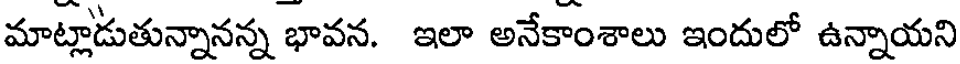
మాట్లాడుతున్నానన్న భావన. ఇలా అనేకాంశాలు ఇందులో ఉన్నాయని